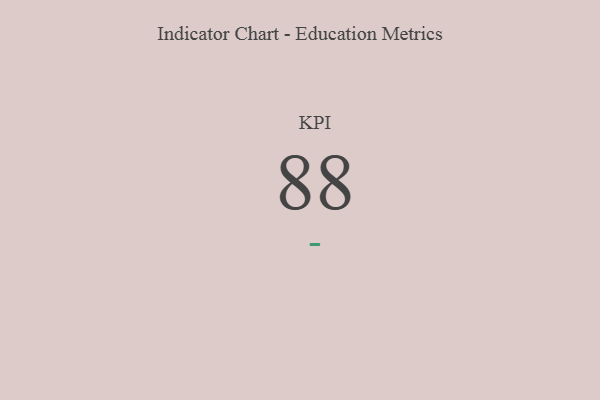
{"axis": {"x": "KPI", "y": "Value"}, "legend": [""], "data": [{"x": "KPI", "y": 88, "type": ""}]}